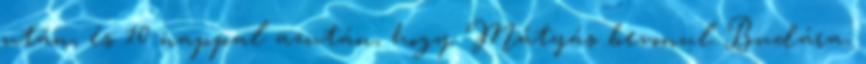
után, és 10 nappal azután, hogy Mátyás bevonul Budára,